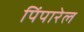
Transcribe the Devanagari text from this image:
पिंपारेल